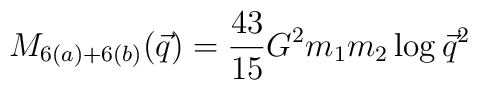
M_{6(a)+6(b)}(\vec{q})={43\over 15}G^2m_1m_2\log\vec{q}^2